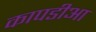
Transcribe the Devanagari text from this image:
कापडीआ